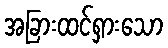
အခြားထင်ရှားသော